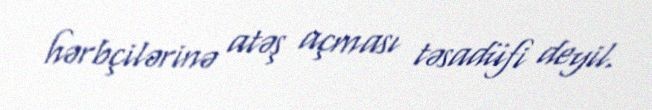
hərbçilərinə atəş açması təsadüfi deyil.